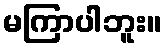
မကြာပါဘူး။